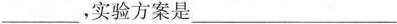
___，实验方案是___